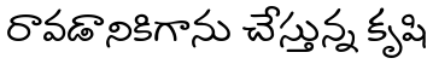
రావడానికిగాను చేస్తున్న కృషి